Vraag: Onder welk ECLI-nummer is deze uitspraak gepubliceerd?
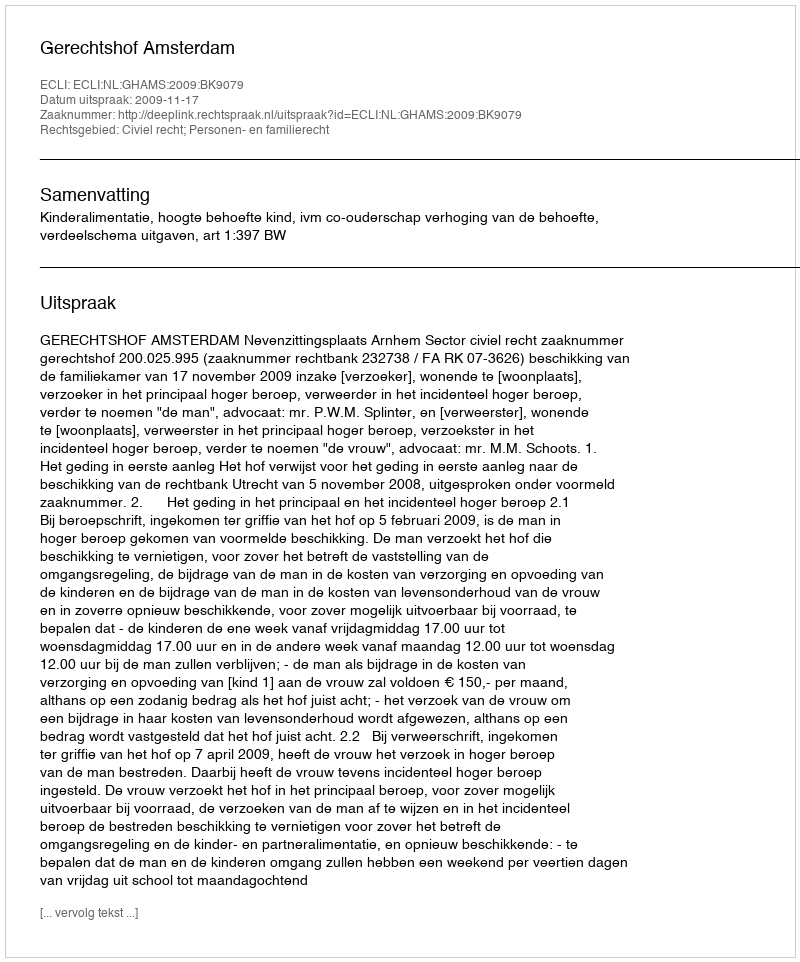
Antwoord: ECLI:NL:GHAMS:2009:BK9079